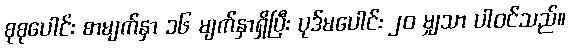
စုစုပေါင်း စာမျက်နှာ ၁၆ မျက်နှာရှိပြီး ပုဒ်မပေါင်း ၂၀ မျှသာ ပါဝင်သည်။